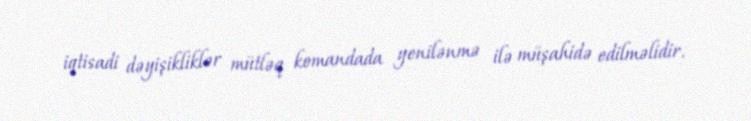
iqtisadi dəyişikliklər mütləq komandada yenilənmə ilə müşahidə edilməlidir.